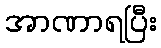
အာဏာရပြီး